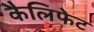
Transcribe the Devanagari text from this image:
कैलिफेट